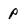
Character: p